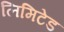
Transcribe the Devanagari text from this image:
लिमिटेड